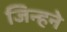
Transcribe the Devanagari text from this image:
जिन्हने